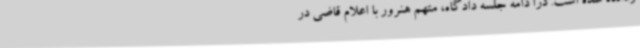
ردانده شده است. درا دامه جلسه دادگاه، متهم هنرور با اعلام قاضی در